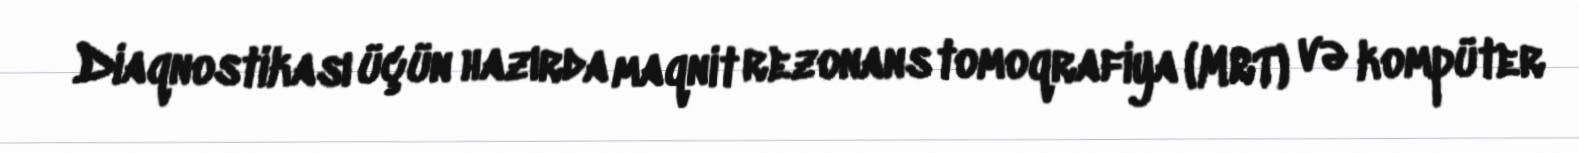
Diaqnostikası üçün hazırda maqnit rezonans tomoqrafiya (MRT) və kompüter